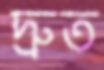
দ্রুত